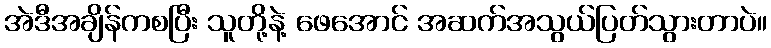
အဲဒီအချိန်ကစပြီး သူတို့နဲ့ ဖေအောင် အဆက်အသွယ်ပြတ်သွားတာပဲ။